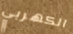
الكهربي